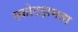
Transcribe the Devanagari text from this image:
स्फोटक्षमता